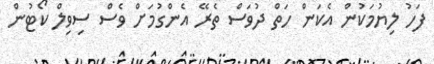
ފަހު ލިޔުމަކުން އެކަން ހަތް ދުވަސް ތެރޭ އެންގުމަށް ވެސް ސިވިލް ކޯޓުން